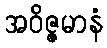
အဝိဇ္ဇမာနံ